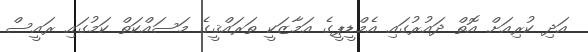
އަދި ކުރިއަށް އޮތް ދައުރުގައި އެމްޑީޕީގެ އަމާޒަކީ ތަރައްޤީގެ މަސައްކަތް ކަމުގައި ރައީސް